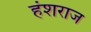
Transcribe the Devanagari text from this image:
हंशराज